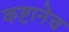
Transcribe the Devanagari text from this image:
कष्टानेच